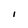
Character: I